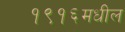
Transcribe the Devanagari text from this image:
१९१६मधील